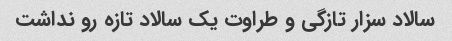
سالاد سزار تازگی و طراوت یک سالاد تازه رو نداشت